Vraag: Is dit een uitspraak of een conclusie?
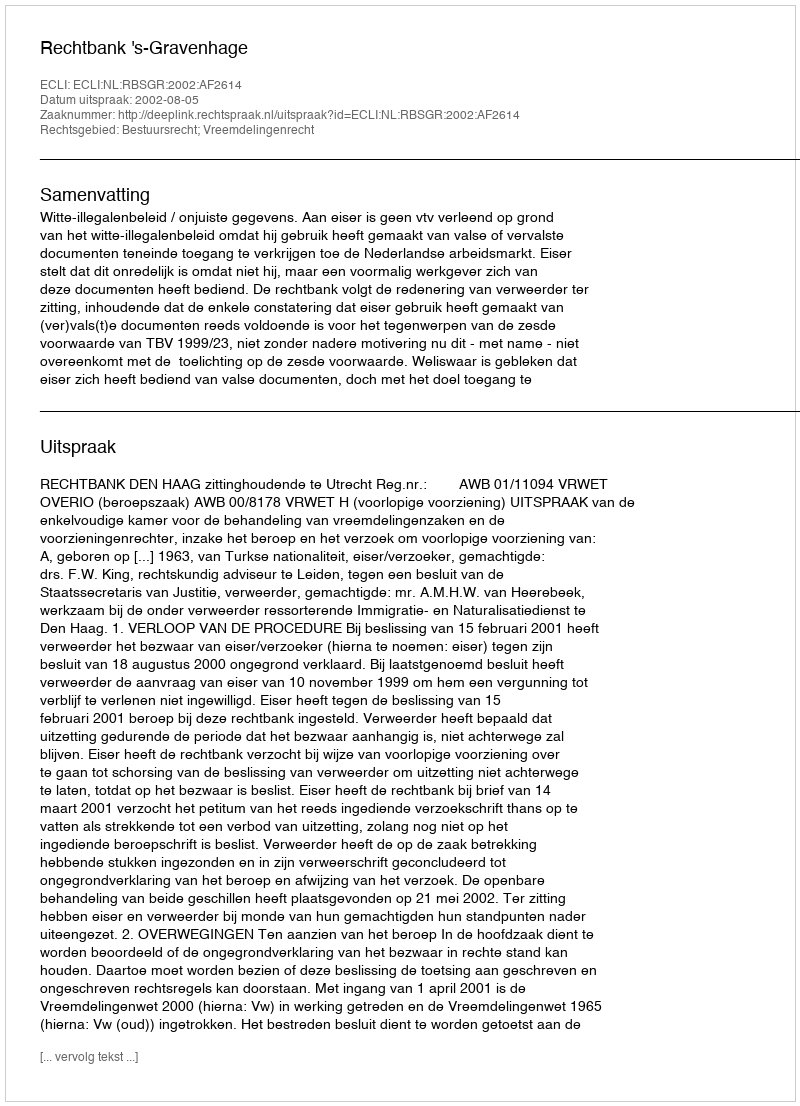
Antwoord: Uitspraak